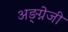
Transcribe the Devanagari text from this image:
अङ्ग्नेजी